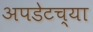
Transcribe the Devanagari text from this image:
अपडेटच्या